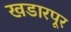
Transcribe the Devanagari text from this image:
खडारपूर